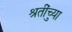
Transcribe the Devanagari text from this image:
श्रुतींच्या